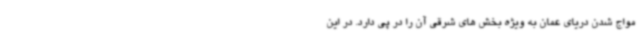
مواج شدن دریای عمان به ویژه بخش های شرقی آن را در پی دارد. در این